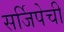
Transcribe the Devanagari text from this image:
सर्जिपेची